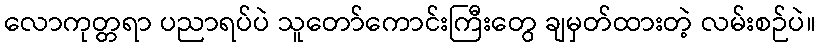
လောကုတ္တရာ ပညာရပ်ပဲ သူတော်ကောင်းကြီးတွေ ချမှတ်ထားတဲ့ လမ်းစဉ်ပဲ။